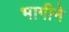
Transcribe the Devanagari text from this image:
भागीने